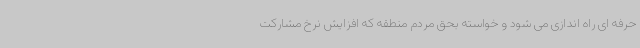
حرفه ای راه اندازی می شود و خواسته بحق مردم منطقه که افزایش نرخ مشارکت